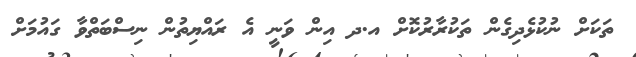
ތަކަށް ނުކުޅެދިގެން ތަކުރާރުކޮށް އ.ދ އިން ވަނީ އެ ރައްޔިތުން ނިސްބަތްވާ ގައުމަށް